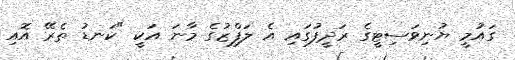
ގައުމީ ޔުނިވަސިޓީގެ ރަދީފުގައި އެ ލަފްޒުގެ މާނަ އަކީ "ކަނޑު ތެރޭ އޮއި